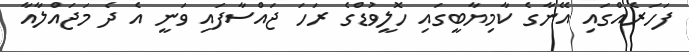
ފަހަރެއްގައި އޭނާގެ ކާމިޔާބީގައި ހޮލީވުޑްގެ ރަހަ ޖައްސާފައި ވަނީ އެ ދެ މަޖައްލާއާ